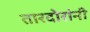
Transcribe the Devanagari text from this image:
तारदोरांनी